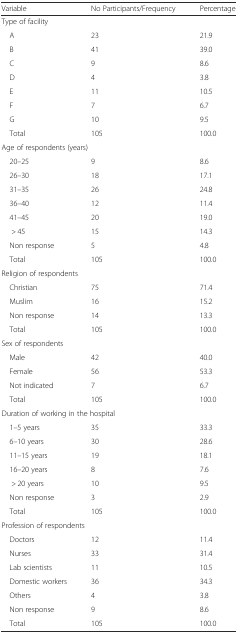
| Variable | No Participants/Frequency | Percentage |
 | --- | --- | --- |
 | <COLSPAN=3> Type of facility |
 | A | 23 | 21.9 |
 | B | 41 | 39.0 |
 | C | 9 | 8.6 |
 | D | 4 | 3.8 |
 | E | 11 | 10.5 |
 | F | 7 | 6.7 |
 | G | 10 | 9.5 |
 | Total | 105 | 100.0 |
 | <COLSPAN=3> Age of respondents (years) |
 | 20–25 | 9 | 8.6 |
 | 26–30 | 18 | 17.1 |
 | 31–35 | 26 | 24.8 |
 | 36–40 | 12 | 11.4 |
 | 41–45 | 20 | 19.0 |
 | > 45 | 15 | 14.3 |
 | Non response | 5 | 4.8 |
 | Total | 105 | 100.0 |
 | <COLSPAN=3> Religion of respondents |
 | Christian | 75 | 71.4 |
 | Muslim | 16 | 15.2 |
 | Non response | 14 | 13.3 |
 | Total | 105 | 100.0 |
 | <COLSPAN=3> Sex of respondents |
 | Male | 42 | 40.0 |
 | Female | 56 | 53.3 |
 | Not indicated | 7 | 6.7 |
 | Total | 105 | 100.0 |
 | <COLSPAN=3> Duration of working in the hospital |
 | 1–5 years | 35 | 33.3 |
 | 6–10 years | 30 | 28.6 |
 | 11–15 years | 19 | 18.1 |
 | 16–20 years | 8 | 7.6 |
 | > 20 years | 10 | 9.5 |
 | Non response | 3 | 2.9 |
 | Total | 105 | 100.0 |
 | <COLSPAN=3> Profession of respondents |
 | Doctors | 12 | 11.4 |
 | Nurses | 33 | 31.4 |
 | Lab scientists | 11 | 10.5 |
 | Domestic workers | 36 | 34.3 |
 | Others | 4 | 3.8 |
 | Non response | 9 | 8.6 |
 | Total | 105 | 100.0 |